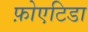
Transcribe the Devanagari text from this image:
फ़ोएटिडा